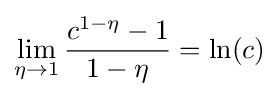
\lim _{\eta \rightarrow 1}{\frac {c^{1-\eta }-1}{1-\eta }}=\ln(c)